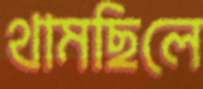
থামছিলে